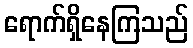
ရောက်ရှိနေကြသည်